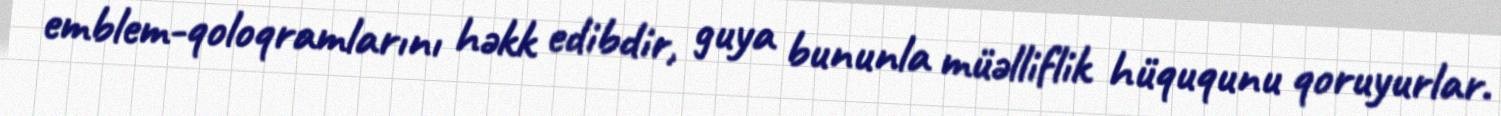
emblem-qoloqramlarını həkk edibdir, guya bununla müəlliflik hüququnu qoruyurlar.